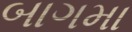
બાગમા